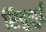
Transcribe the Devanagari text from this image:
शियुशुई